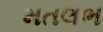
મતલભ